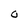
Character: O